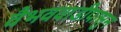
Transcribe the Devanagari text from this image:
वैभववाडीपासुन